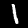
Label: 1